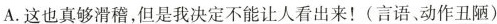
A.这也真够滑稽，但是我决定不能让人看出来！(言语、动作丑陋)